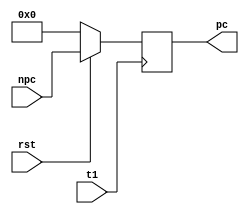
module pcou(
    input t1,
    input rst,
    input [31:0] npc,
    output reg [31:0] pc
    );


always @(posedge t1)
    begin
        if(!rst)
            pc<=8'h00000000;
        else
            pc<=npc;
    end
endmodule